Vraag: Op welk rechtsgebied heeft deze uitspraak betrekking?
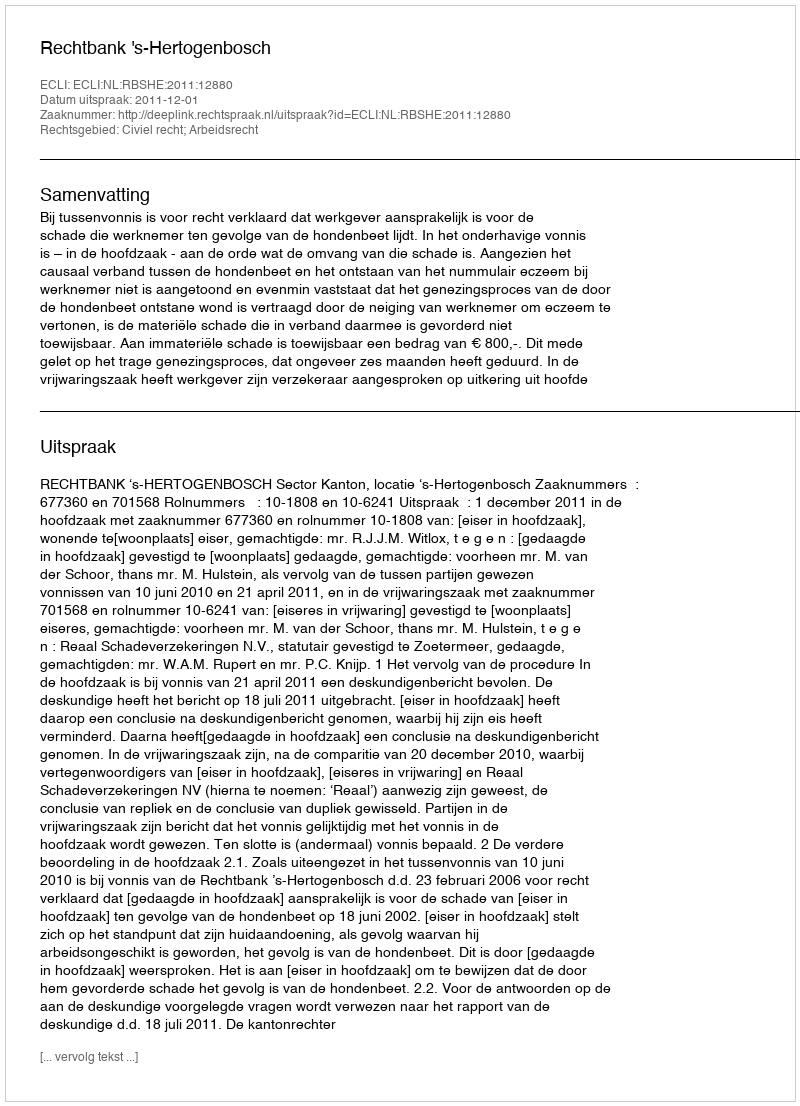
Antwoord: Civiel recht; Arbeidsrecht